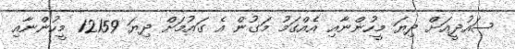
ސައުދީއަށް ދިޔަ މީހުންނާއި އެއްގަމު މަގުން އެ ގައުމަށް ދިޔަ 12159 މީހުންނާއި